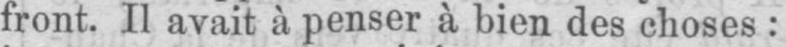
front. Il avait à penser à bien des choses: